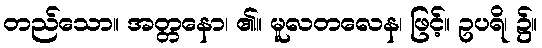
တည်သော။ အတ္တနော၊ ၏။ မူလတလေန၊ ဖြင့်။ ဥပရိ၊ ၌။